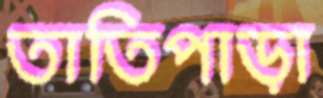
তাতিপাড়া